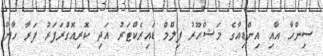
ސިންހާ އާއި އިންޑިއާގެ މަޝްހޫރު ފިލްމް ޑައިރެކްޓަރު އަދި ކޮރިއޮގްރަފަރު ފަރާ ހާން